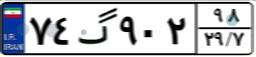
۶۸گ۲۴۲۰۲